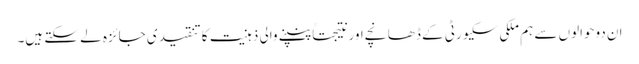
ان دوحوالوں سے ہم ملکی سکیورٹی کے ڈھانچے اور نتیجتاً پنپنے والی ذہنیت کا تنقیدی جائزہ لے سکتے ہیں۔